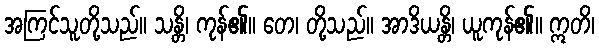
အကြင်သူတို့သည်။ သန္တိ၊ ကုန်၏။ တေ၊ တို့သည်။ အာဒိယန္တိ၊ ယူကုန်၏။ ဣတိ၊